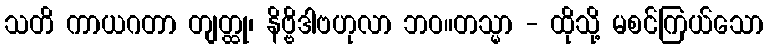
သတိ ကာယဂတာ တျတ္ထု၊ နိဗ္ဗိဒါဗဟုလာ ဘဝ။တသ္မာ - ထိုသို့ မစင်ကြယ်သော